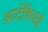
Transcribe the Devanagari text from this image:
आर्टेशियाई